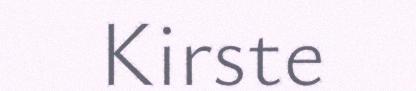
Kirste